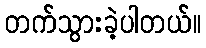
တက်သွားခဲ့ပါတယ်။